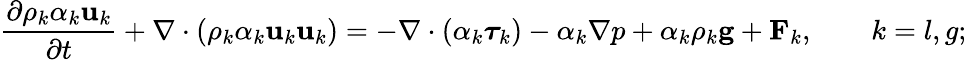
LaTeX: \frac{\partial\rho_{k}\alpha_{k}\mathbf{u}_{k}}{\partial t}+\nabla\cdot\left(\rho_{k}\alpha_{k}\mathbf{u}_{k}\mathbf{u}_{k}\right)=-\nabla\cdot\left(\alpha_{k}\boldsymbol{\tau}_{k}\right)-\alpha_{k}\nabla p+\alpha_{k}\rho_{k}\mathbf{g}+\mathbf{F}_{k},\qquad k=l,g;